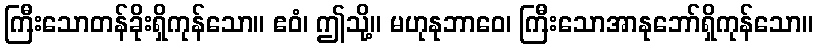
ကြီးသောတန်ခိုးရှိကုန်သော။ ဧဝံ၊ ဤသို့။ မဟုနုဘာဝေ၊ ကြီးသောအာနုဘော်ရှိကုန်သော။